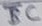
Text: BC